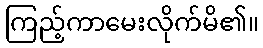
ကြည့်ကာမေးလိုက်မိ၏။